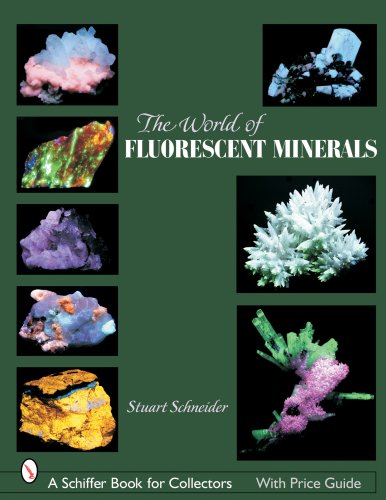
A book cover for World of Fluorescent Minerals (Schiffer Book for Collectors); Stuart Schneider; Sports & Outdoors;